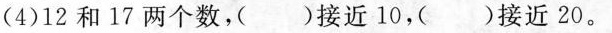
(4)12和17两个数，)接近10，()接近20。